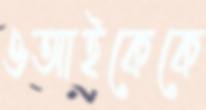
ওআইকেকে